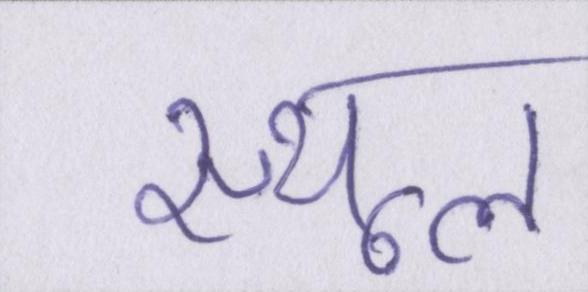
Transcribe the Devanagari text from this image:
स्थूल